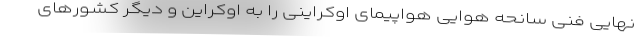
نهایی فنی سانحه هوایی هواپیمای اوکراینی را به اوکراین و دیگر کشورهای